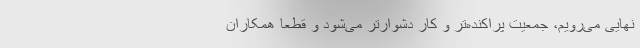
نهایی می‌رویم، جمعیت پراکنده‌تر و کار دشوارتر می‌شود و قطعا همکاران